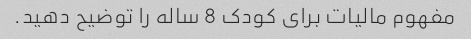
مفهوم مالیات برای کودک 8 ساله را توضیح دهید.